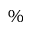
\%